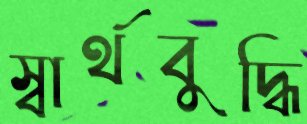
স্বার্থবুদ্ধি